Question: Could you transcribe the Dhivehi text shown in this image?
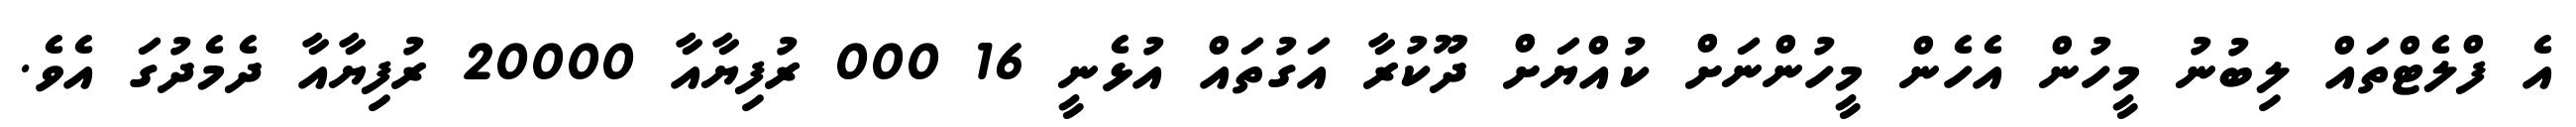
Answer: އެ ފްލެޓްތައް ލިބުނު މީހުން އެހެން މީހުންނަށް ކުއްޔަށް ދޫކުރާ އަގުތައް އުޅެނީ 16 000 ރުފިޔާއާ 20000 ރުފިޔާއާ ދެމެދުގަ އެވެ.